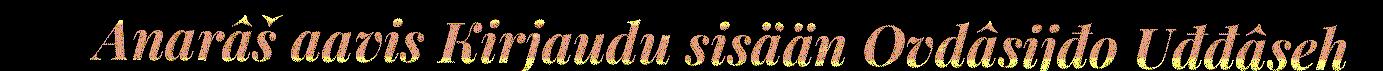
Anarâš aavis Kirjaudu sisään Ovdâsijđo Uđđâseh